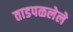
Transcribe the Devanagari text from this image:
ताडपळलेले